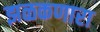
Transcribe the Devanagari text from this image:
झळकणारा